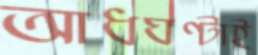
আধঘণ্টাই